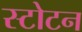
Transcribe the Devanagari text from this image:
स्टोटन